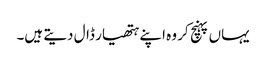
یہاں پہنچ کر وہ اپنے ہتھیار ڈال دیتے ہیں۔